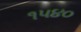
૧૫૪૦